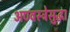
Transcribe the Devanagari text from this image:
अण्वस्त्रेसुद्धा